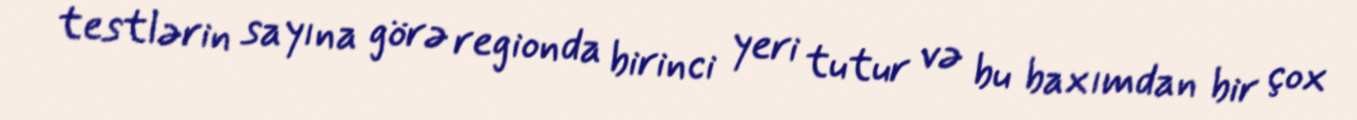
testlərin sayına görə regionda birinci yeri tutur və bu baxımdan bir çox